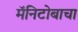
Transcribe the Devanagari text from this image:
मॅनिटोबाचा